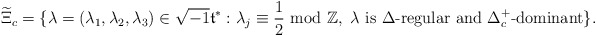
\begin{align*}\widetilde{\Xi}_c=\{\lambda=(\lambda_1,\lambda_2,\lambda_3)\in \sqrt{-1}\frak{t}^*: \lambda_j\equiv\frac{1}{2}\textrm{ mod }\mathbb{Z}, ~\lambda\textrm{ is }\Delta\textrm{-regular and }\Delta_c^+\textrm{-dominant}\}.\end{align*}